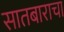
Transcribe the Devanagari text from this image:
सातबाराचा